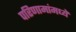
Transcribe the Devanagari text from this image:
परिणामांमध्ये